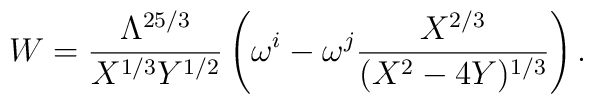
W=\frac{\Lambda^{25/3}}{X^{1/3} Y^{1/2}} \left(\omega^i -    \omega^j \frac{X^{2/3}}{(X^2-4 Y)^{1/3}} \right).